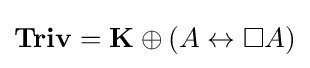
\mathbf {Triv} =\mathbf {K} \oplus (A\leftrightarrow \Box A)